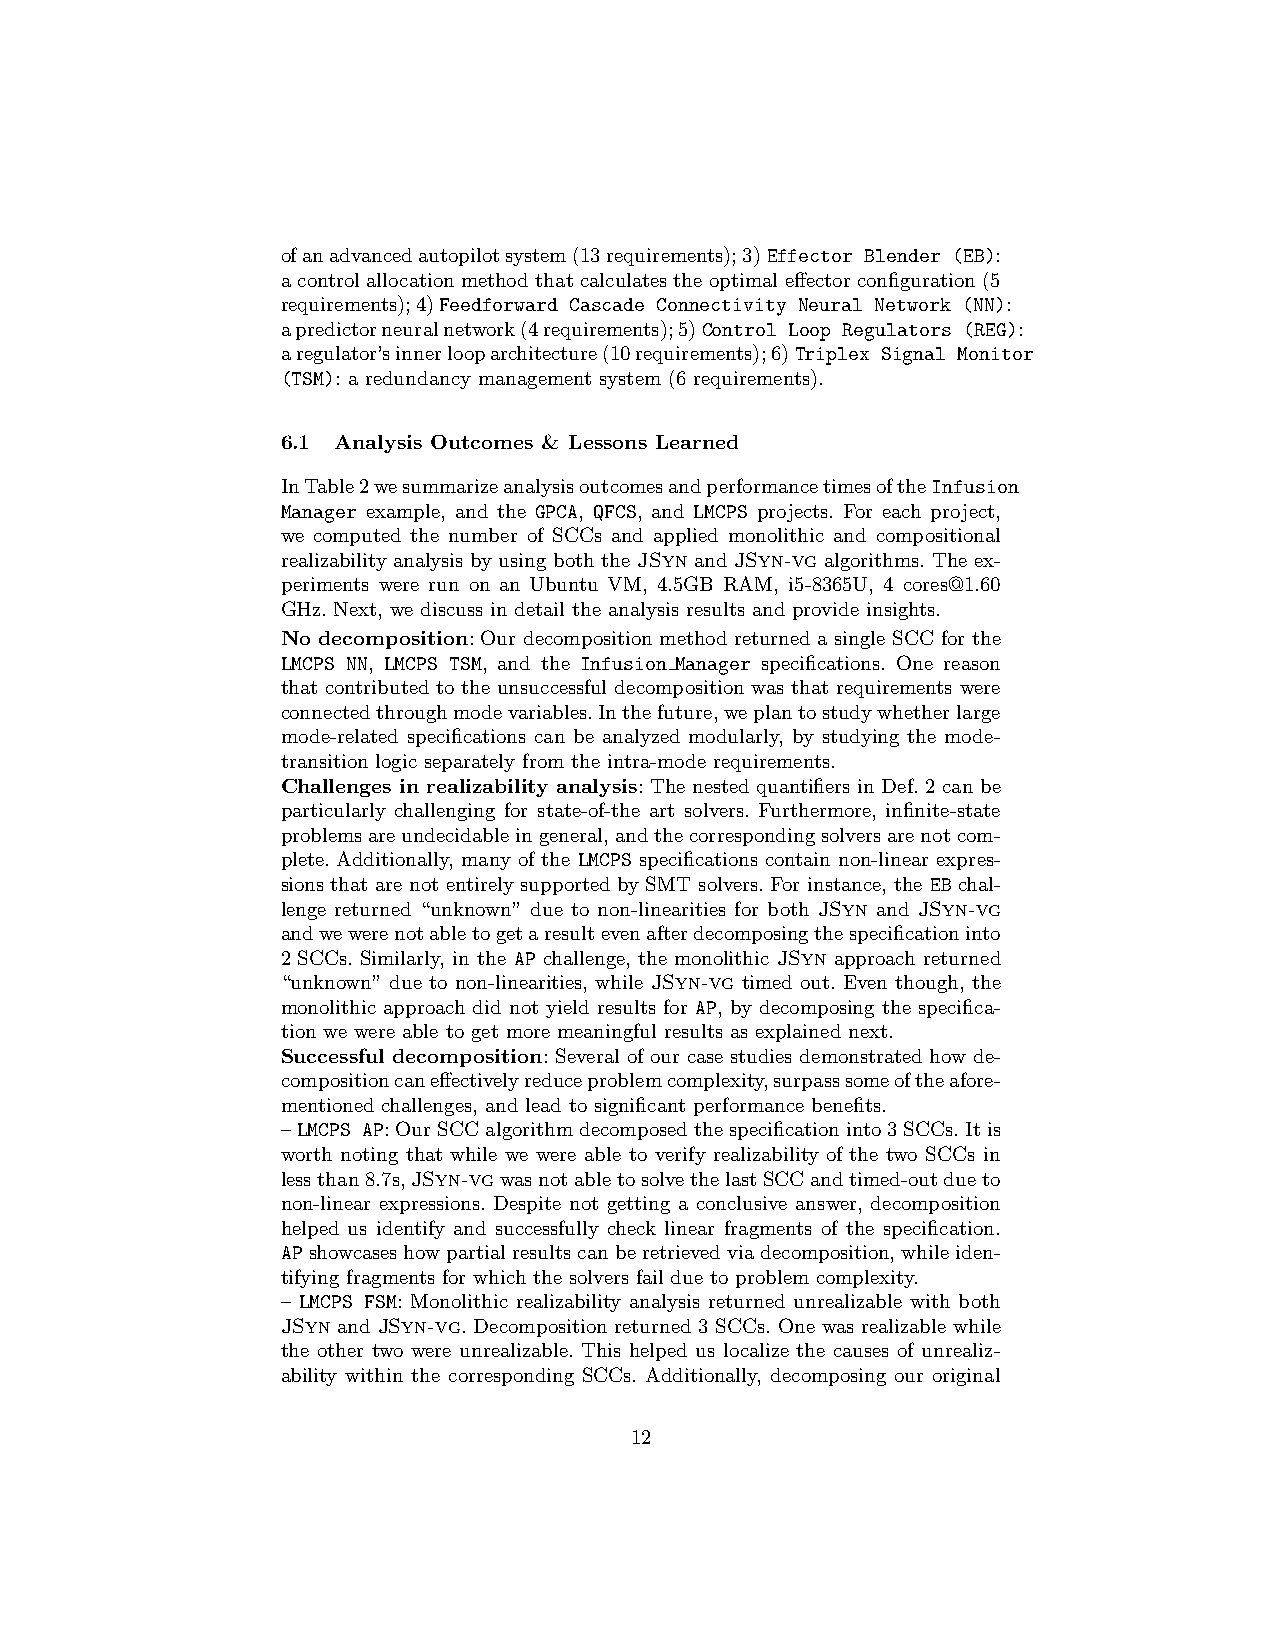
ofanadvancedautopilotsystem(13requirements);3)Effector Blender (EB):
 a control allocation method that calculates the optimal effector configuration (5
 requirements);4)Feedforward Cascade Connectivity Neural Network (NN):
 apredictorneuralnetwork(4requirements);5)Control Loop Regulators (REG):
 aregulator’sinnerlooparchitecture(10requirements);6)Triplex Signal Monitor
 (TSM): a redundancy management system (6 requirements).
 6.1 Analysis Outcomes & Lessons Learned
 InTable2wesummarizeanalysisoutcomesandperformancetimesoftheInfusion
 Manager example, and the GPCA, QFCS, and LMCPS projects. For each project,
 we computed the number of SCCs and applied monolithic and compositional
 realizability analysis by using both the JSyn and JSyn-vg algorithms. The ex-
 periments were run on an Ubuntu VM, 4.5GB RAM, i5-8365U, 4 cores@1.60
 GHz. Next, we discuss in detail the analysis results and provide insights.
 No decomposition: Our decomposition method returned a single SCC for the
 LMCPS NN, LMCPS TSM, and the Infusion Manager specifications. One reason
 that contributed to the unsuccessful decomposition was that requirements were
 connectedthroughmodevariables.Inthefuture,weplantostudywhetherlarge
 mode-related specifications can be analyzed modularly, by studying the mode-
 transition logic separately from the intra-mode requirements.
 Challenges in realizability analysis: The nested quantifiers in Def. 2 can be
 particularly challenging for state-of-the art solvers. Furthermore, infinite-state
 problemsareundecidableingeneral,andthecorrespondingsolversarenotcom-
 plete. Additionally, many of the LMCPS specifications contain non-linear expres-
 sions that are not entirely supported by SMT solvers. For instance, the EB chal-
 lenge returned “unknown” due to non-linearities for both JSyn and JSyn-vg
 andwewerenotabletogetaresultevenafterdecomposingthespecificationinto
 2 SCCs. Similarly, in the AP challenge, the monolithic JSyn approach returned
 “unknown” due to non-linearities, while JSyn-vg timed out. Even though, the
 monolithic approach did not yield results for AP, by decomposing the specifica-
 tion we were able to get more meaningful results as explained next.
 Successful decomposition: Several of our case studies demonstrated how de-
 compositioncaneffectivelyreduceproblemcomplexity,surpasssomeoftheafore-
 mentioned challenges, and lead to significant performance benefits.
 –LMCPS AP:OurSCCalgorithmdecomposedthespecificationinto3SCCs.Itis
 worth noting that while we were able to verify realizability of the two SCCs in
 lessthan8.7s,JSyn-vgwasnotabletosolvethelastSCCandtimed-outdueto
 non-linear expressions. Despite not getting a conclusive answer, decomposition
 helped us identify and successfully check linear fragments of the specification.
 APshowcaseshowpartialresultscanberetrievedviadecomposition,whileiden-
 tifying fragments for which the solvers fail due to problem complexity.
 – LMCPS FSM: Monolithic realizability analysis returned unrealizable with both
 JSyn and JSyn-vg. Decomposition returned 3 SCCs. One was realizable while
 the other two were unrealizable. This helped us localize the causes of unrealiz-
 ability within the corresponding SCCs. Additionally, decomposing our original
 12